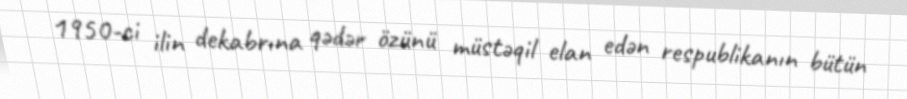
1950-ci ilin dekabrına qədər özünü müstəqil elan edən respublikanın bütün